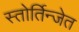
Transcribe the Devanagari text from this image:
स्तोर्तिन्जेत